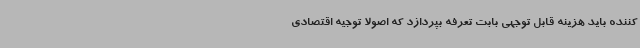
کننده باید هزینه قابل توجهی بابت تعرفه بپردازد که اصولاً توجیه اقتصادی